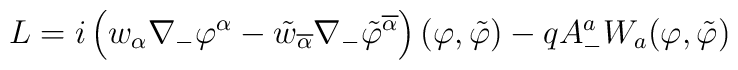
L=i\left( w_\alpha \nabla_- \varphi^\alpha -\tilde{w}_{\overline{\alpha}}\nabla_- \tilde{\varphi}^{\overline{\alpha}}\right) (\varphi ,\tilde{\varphi})-q A_{-}^{a}{W}_a (\varphi ,\tilde{\varphi})